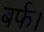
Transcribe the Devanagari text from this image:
बर्फ।